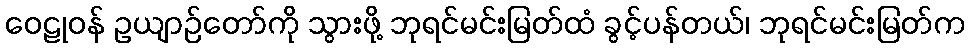
ဝေဠုဝန် ဥယျာဉ်တော်ကို သွားဖို့ ဘုရင်မင်းမြတ်ထံ ခွင့်ပန်တယ်၊ ဘုရင်မင်းမြတ်က